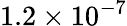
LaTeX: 1.2\times 10^{-7}